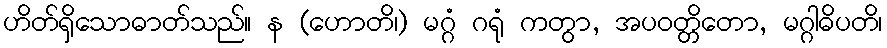
ဟိတ်ရှိသောဓာတ်သည်။ န (ဟောတိ၊) မဂ္ဂံ ဂရုံ ကတွာ, အပဝတ္တိတော, မဂ္ဂါဓိပတိ၊